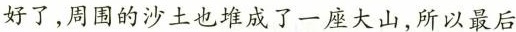
好了，周围的沙土也堆成了一座大山，所以最后